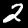
Label: 2